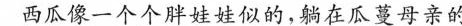
西瓜像一个个人胖娃娃似的，躺在瓜蔓母亲的